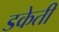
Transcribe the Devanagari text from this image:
डकेती